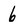
Character: 6